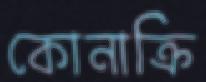
কোনাক্রি